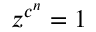
z ^ { c ^ { n } } = 1